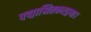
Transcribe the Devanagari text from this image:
पद्माश्रितकरद्वया।